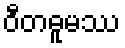
ဝီတဓူမဿ